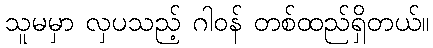
သူမမှာ လှပသည့် ဂါဝန် တစ်ထည်ရှိတယ်။